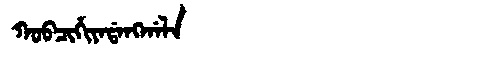
Manchu: ᡴᠣᠪᠴᡳᡥᡳᠶᠠᡩᠠᠩᡤᠠᠯᠠ
Romanization: KOBCIHIYADANGGALA